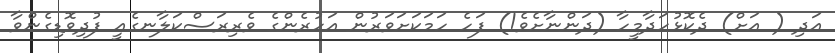
އަދި ( އަށް) ދެކޮޅުހަދާމީހާ (ދަންނާށެވެ!) ފަހެ ހަމަކަށަވަރުން އަހުރެންގެ ވެރިރަސްކަލާނގެއީ ފުދިވޮޑިގެންވާ